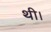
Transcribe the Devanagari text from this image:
थी।